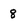
Character: 8